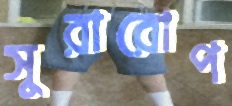
সুরারোপ